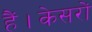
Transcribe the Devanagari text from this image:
हैं।केसरों